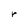
Character: r